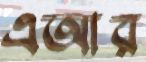
এআর